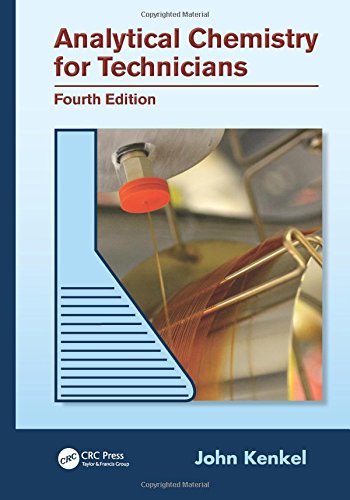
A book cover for Analytical Chemistry for Technicians, Fourth Edition; John Kenkel; Science & Math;